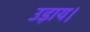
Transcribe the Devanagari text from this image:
उड़ाय।